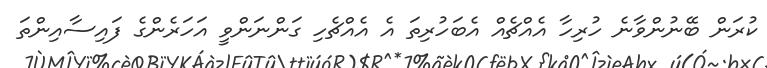
ކުރަން ބޭނުންވާނެ ހުރިހާ އެއްޗެއް އެބަހުރިތަ އެ އެއްޗެހި ގަންނަންވީ އަހަރެންގެ ފައިސާއިންތަ